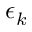
\epsilon _ { k }